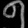
Digit: ၅